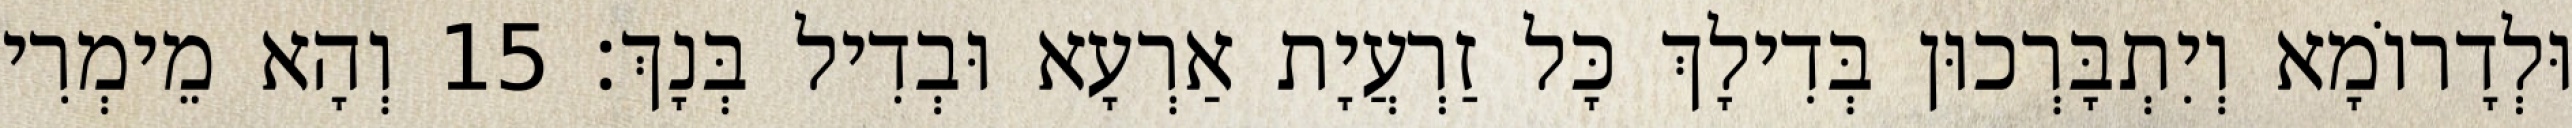
וּלְדָרוֹמָא וְיִתְבָּרְכוּן בְּדִילָךְ כָּל זַרְעֲיָת אַרְעָא וּבְדִיל בְּנָךְ׃ 15 וְהָא מֵימְרִי